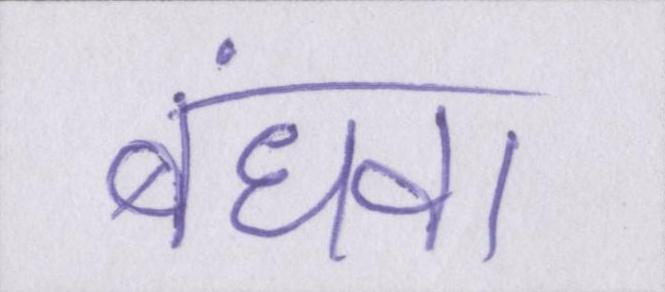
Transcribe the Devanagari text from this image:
बंधवा